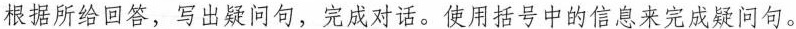
根据所给回答,写出疑问句,完成对话.使用括号中的信息来完成疑问句。